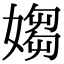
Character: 媰